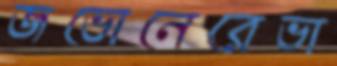
জভোনেরেভা